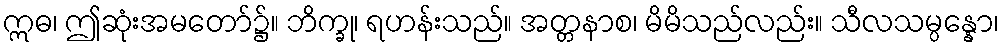
ဣဓ၊ ဤဆုံးအမတော်၌။ ဘိက္ခု၊ ရဟန်းသည်။ အတ္တနာစ၊ မိမိသည်လည်း။ သီလသမ္ပန္နော၊